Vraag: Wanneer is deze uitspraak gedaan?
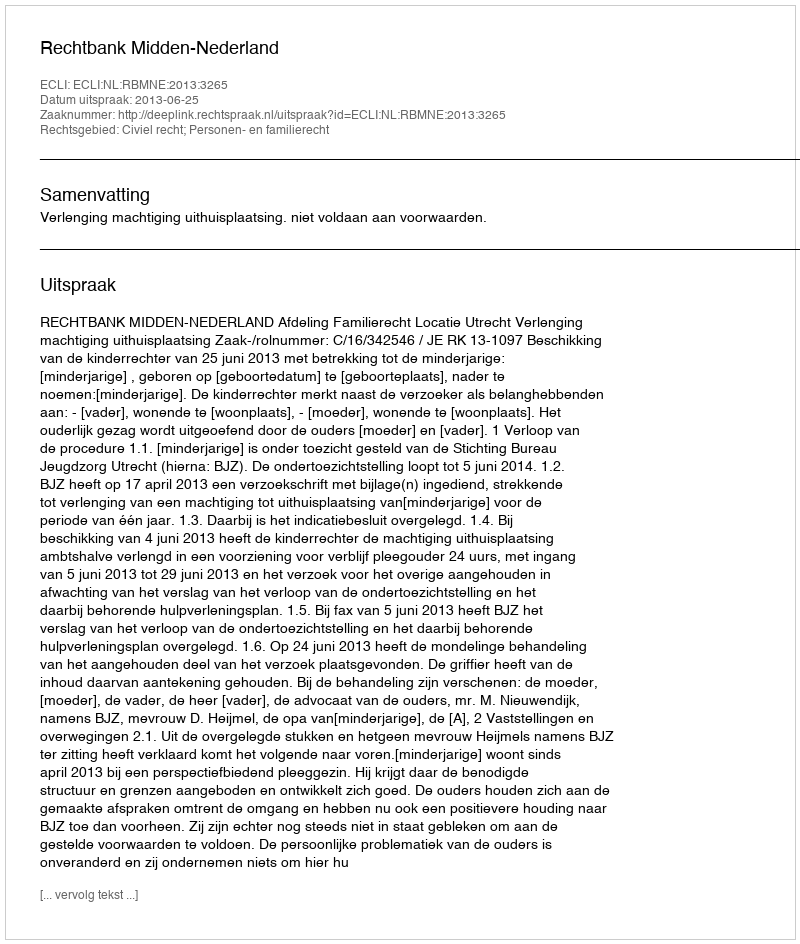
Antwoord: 2013-06-25